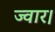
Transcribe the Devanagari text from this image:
ज्वार।